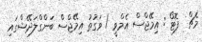
މެޗް  ފޮޓޯ : އިމޭޖްސް އެމްވީ / ވަގުތު އިމޭޖްސް ބަންގްލަދޭޝްގައި